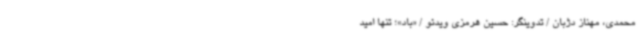
محمدی، مهناز دژبان / تدوینگر: حسین هرمزی ویدئو / «باد»؛ تنها امید